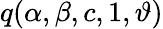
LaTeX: \displaystyle q(\alpha,\beta,c,1,\vartheta)